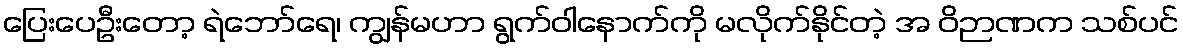
ပြေးပေဦးတော့ ရဲဘော်ရေ၊ ကျွန်မဟာ ရွက်ဝါနောက်ကို မလိုက်နိုင်တဲ့ အ ဝိဉာဏက သစ်ပင်